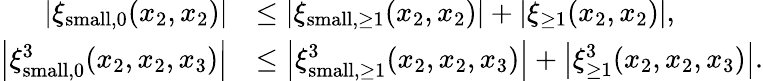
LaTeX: \begin{array}{rl}{\left\vert\xi_{\textnormal{small},0}(x_{2},x_{2})\right\vert}&{\leq\left\vert\xi_{\textnormal{small},\geq 1}(x_{2},x_{2})\right\vert+\left\vert\xi_{\geq 1}(x_{2},x_{2})\right\vert,}\\ {\left\vert\xi_{\textnormal{small},0}^{3}(x_{2},x_{2},x_{3})\right\vert}&{\leq\left\vert\xi_{\textnormal{small},\geq 1}^{3}(x_{2},x_{2},x_{3})\right\vert+\left\vert\xi_{\geq 1}^{3}(x_{2},x_{2},x_{3})\right\vert.}\end{array}